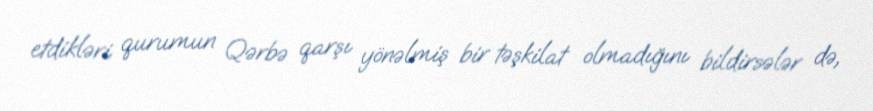
etdikləri qurumun Qərbə qarşı yönəlmiş bir təşkilat olmadığını bildirsələr də,